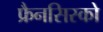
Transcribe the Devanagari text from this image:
फ्रैनसिस्को